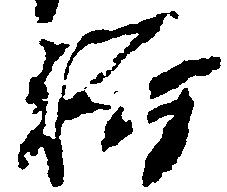
禅